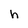
Character: h